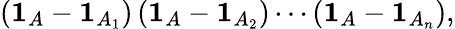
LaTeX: \left(\mathbf{1}_{A}-\mathbf{1}_{A_{1}}\right)\left(\mathbf{1}_{A}-\mathbf{1}_{A_{2}}\right)\cdots\left(\mathbf{1}_{A}-\mathbf{1}_{A_{n}}\right),